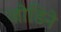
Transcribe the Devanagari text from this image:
जोडिने